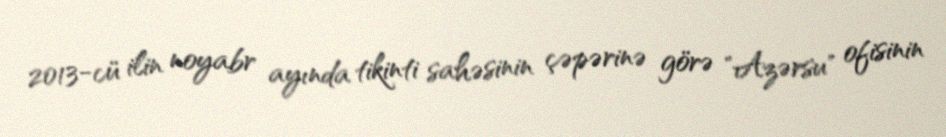
2013-cü ilin noyabr ayında tikinti sahəsinin çəpərinə görə "Azərsu" ofisinin